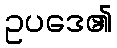
ဥပဒေ၏